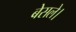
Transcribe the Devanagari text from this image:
बेसले।